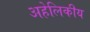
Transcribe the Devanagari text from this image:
अहेलिकीय